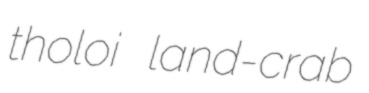
tholoi land-crab